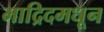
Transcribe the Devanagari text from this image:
माद्रिदमधून